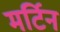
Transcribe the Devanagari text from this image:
मर्टिन